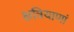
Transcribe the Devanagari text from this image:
क्षत्रियाणां